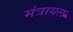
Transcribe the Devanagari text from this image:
मंत्रायल